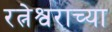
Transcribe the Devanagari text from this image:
रत्नेश्वराच्या